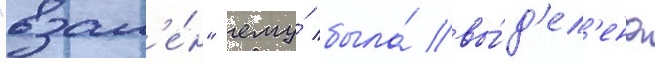
"взам'е́н" ему́ была́ вы́д'ел'ена